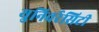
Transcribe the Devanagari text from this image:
युनिवर्रसिटी